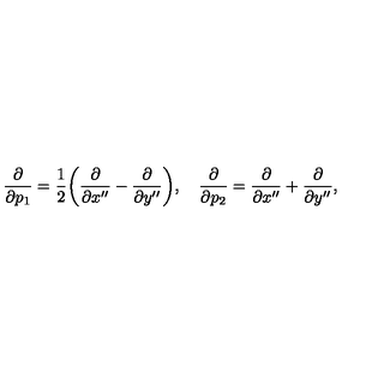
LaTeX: { \frac { \partial } { \partial p _ { 1 } } } = { \frac { 1 } { 2 } } \biggl ( { \frac { \partial } { \partial x ^ { \prime \prime } } } - { \frac { \partial } { \partial y ^ { \prime \prime } } } \biggr ) , \quad { \frac { \partial } { \partial p _ { 2 } } } = { \frac { \partial } { \partial x ^ { \prime \prime } } } + { \frac { \partial } { \partial y ^ { \prime \prime } } } ,